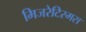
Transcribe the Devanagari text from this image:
मिजरेटिस्मस